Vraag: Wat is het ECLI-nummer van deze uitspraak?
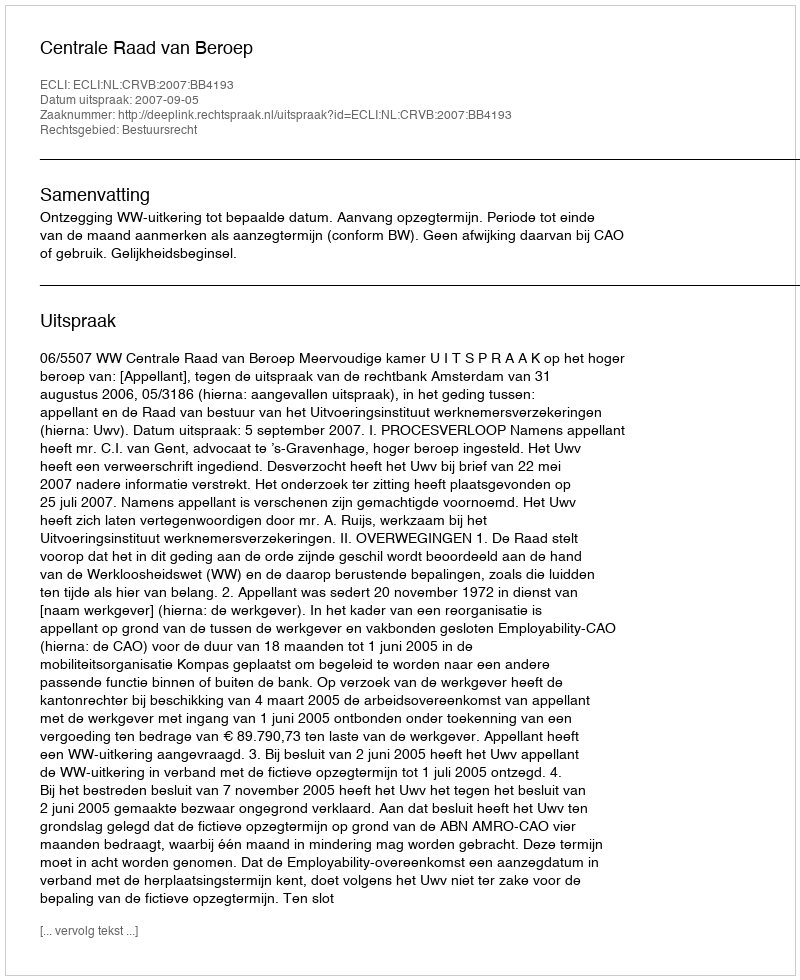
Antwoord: ECLI:NL:CRVB:2007:BB4193